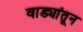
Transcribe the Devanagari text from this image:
वाड्यांतून